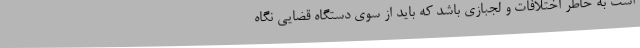
است به خاطر اختلافات و لجبازی باشد که باید از سوی دستگاه قضایی نگاه